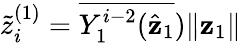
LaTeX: \widetilde{z}_{i}^{(1)}={\overline{{Y_{1}^{i-2}(\hat{\mathbf{z}}_{1}}})\| \mathbf{z}_{1}\| }